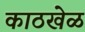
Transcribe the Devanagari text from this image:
काठखेळ